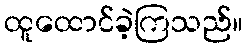
ထူထောင်ခဲ့ကြသည်။